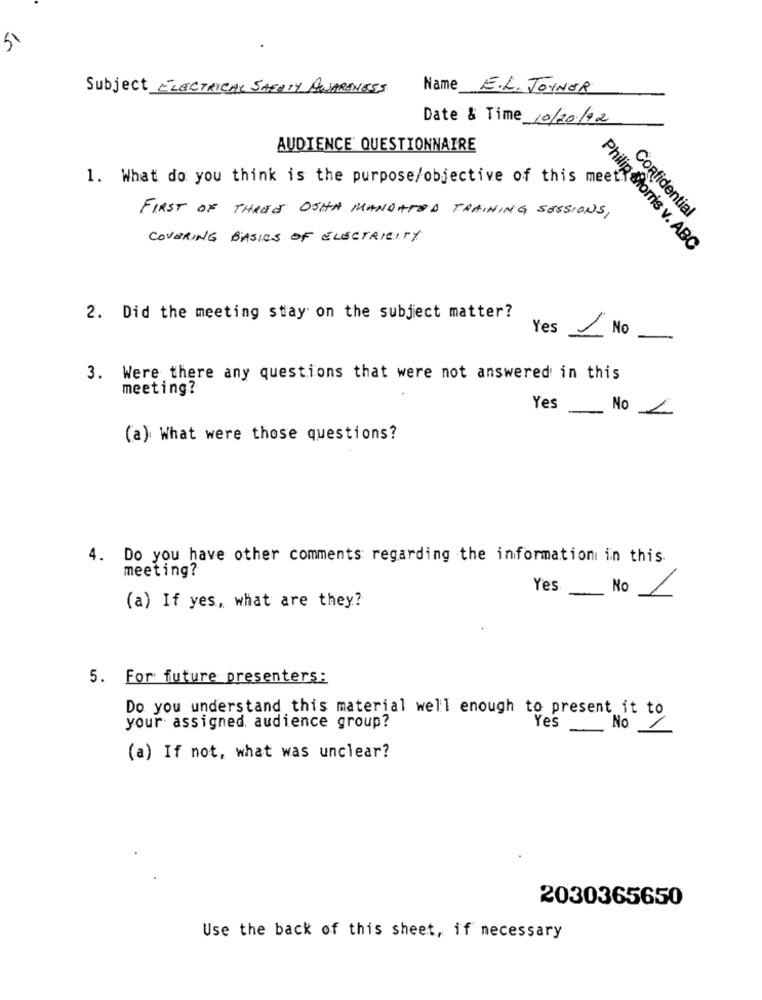
5
Subject ELECTRICAL SAFETY AWARENESS
Name E.L. JOYNER
Date & Time 10/20/92
AUDIENCE' QUESTIONNAIRE
1. What do you think is the purpose/objective of this meet.
FIRST OF THREE OSHA MANDATOD TRAINING SESSIONS,
Confidential
COVERING BASICS OF ELECTRICITY
Philip Morris v. ABC
2. Did the meeting stay on the subject matter?
Yes No-
3. Were there any questions that were not answered in this
meeting?
Yes
No L
(a) What were those questions?
4. Do you have other comments regarding the information in this
meeting?
Yes No 1
(a) If yes, what are they?
5. For future presenters:
Do you understand this material well enough to present it to
your assigned. audience group?
Yes
(a) If not, what was unclear?
2030365650
Use the back of this sheet, if necessary